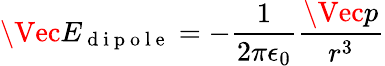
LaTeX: \Vec{E}_{\mathrm{~d~i~p~o~l~e~}}=-\frac{1}{2\pi\epsilon_{0}}\frac{\Vec{p}}{r^{3}}